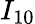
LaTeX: I_{10}